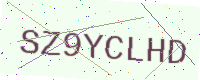
Text: SZ9YCLHD